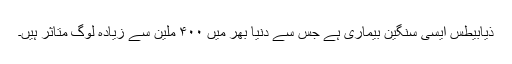
ذیابیطس ایسی سنگین بیماری ہے جس سے دنیا بھر میں ۴۰۰ ملین سے زیادہ لوگ متاثر ہیں۔